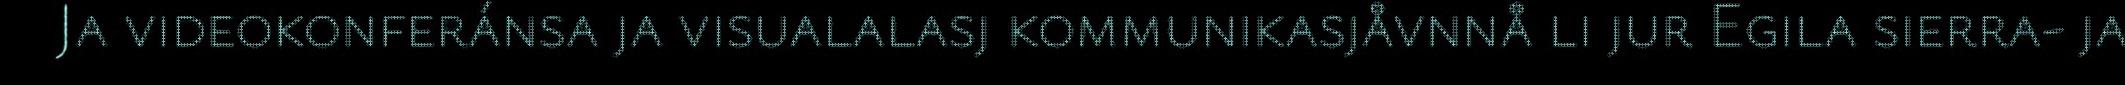
Ja videokonferánsa ja visualalasj kommunikasjåvnnå li jur Egila sierra- ja